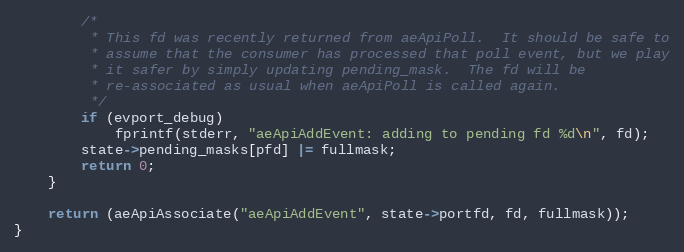
Language: C
        /*
         * This fd was recently returned from aeApiPoll.  It should be safe to
         * assume that the consumer has processed that poll event, but we play
         * it safer by simply updating pending_mask.  The fd will be
         * re-associated as usual when aeApiPoll is called again.
         */
        if (evport_debug)
            fprintf(stderr, "aeApiAddEvent: adding to pending fd %d\n", fd);
        state->pending_masks[pfd] |= fullmask;
        return 0;
    }

    return (aeApiAssociate("aeApiAddEvent", state->portfd, fd, fullmask));
}